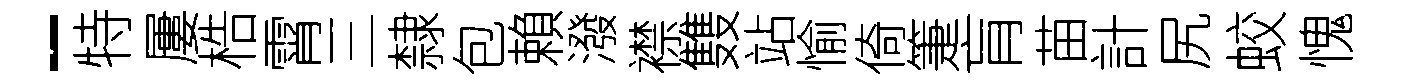
-特屢梏霄三隸包賴潑襟䨇站愉倚箑肓苗計尻蛟愧